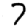
Digit: 7